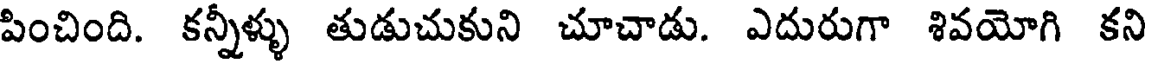
పించింది. కన్నీళ్ళు తుడుచుకుని చూచాడు. ఎదురుగా శివయోగి కని